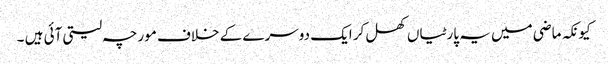
کیونکہ ماضی میں یہ پارٹیاں کھل کر ایک دوسرے کے خلاف مورچہ لیتی آئی ہیں ۔